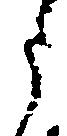
う